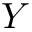
Y